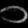
Digit: ၁